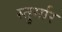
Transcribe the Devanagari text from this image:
स्तुर्मार